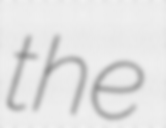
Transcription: the